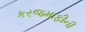
કરજમાફીની